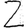
Digit: 2